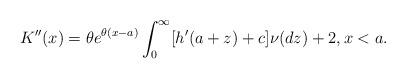
LaTeX: \begin{align*}K''(x)=\theta e^{\theta(x-a)}\int_0^\infty[h'(a+z)+c]\nu(dz)+2,x<a.\end{align*}